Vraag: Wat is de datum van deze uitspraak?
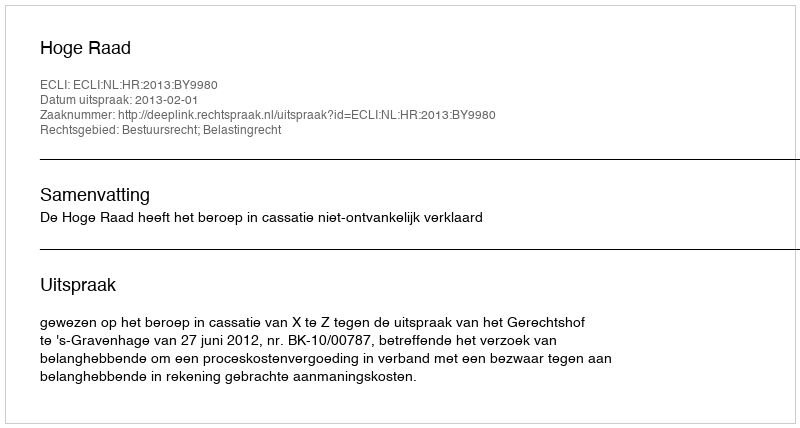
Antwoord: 2013-02-01